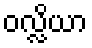
ဝလ္လိယာ